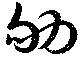
劬